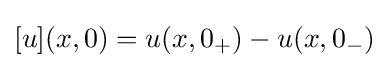
[u](x,0)=u(x,0_{+})-u(x,0_{-})